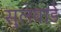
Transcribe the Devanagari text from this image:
सुलवाडे